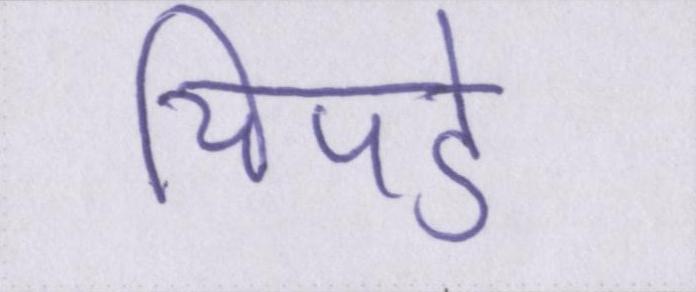
चिपडे